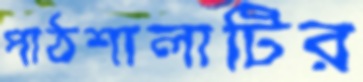
পাঠশালাটির